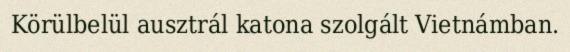
Körülbelül ausztrál katona szolgált Vietnámban.